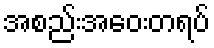
အစည်းအဝေးတရပ်